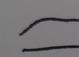
Signature authenticity: forged